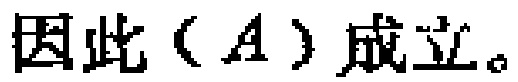
因此（\(A\)）成立。